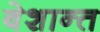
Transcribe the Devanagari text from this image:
बेशान्त